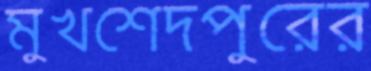
মুখশেদপুরের